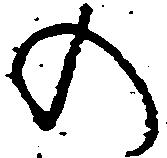
の